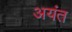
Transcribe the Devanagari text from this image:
अयंत